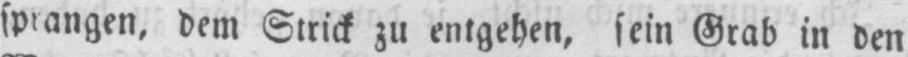
dem Strick zu entgehen, sein Grab in den